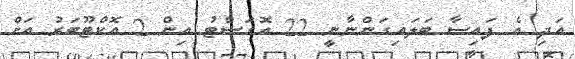
އަދި އެ ފައިސާ ބަލައިގަންނާނީ 22 އޮގަސްޓު އިން 2 އޮކްޓޫބަރު އަށް